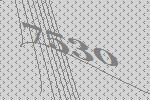
7530